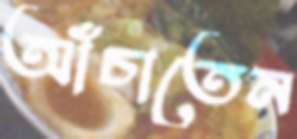
আঁচাতেন